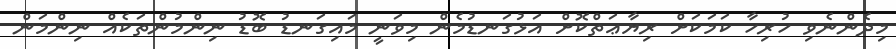
މިދެންނެވި ހުރިހާ ކަމަކަށް ރިޔާޢަތްކޮށް އަޅުގަނޑުމެން މިވަނީ މައިގަނޑު ބޮޑު ނިންމުންތަކެއް ނިންމަން